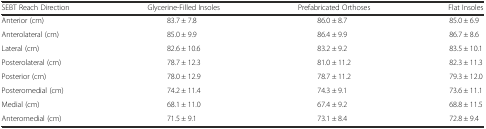
<table><thead><tr><td><b>SEBT Reach Direction</b></td><td><b>Glycerine-Filled Insoles</b></td><td><b>Prefabricated Orthoses</b></td><td><b>Flat Insoles</b></td></tr></thead><tbody><tr><td>Anterior (cm)</td><td>83.7 ± 7.8</td><td>86.0 ± 8.7</td><td>85.0 ± 6.9</td></tr><tr><td>Anterolateral (cm)</td><td>85.0 ± 9.9</td><td>86.4 ± 9.9</td><td>86.7 ± 8.6</td></tr><tr><td>Lateral (cm)</td><td>82.6 ± 10.6</td><td>83.2 ± 9.2</td><td>83.5 ± 10.1</td></tr><tr><td>Posterolateral (cm)</td><td>78.7 ± 12.3</td><td>81.0 ± 11.2</td><td>82.3 ± 11.3</td></tr><tr><td>Posterior (cm)</td><td>78.0 ± 12.9</td><td>78.7 ± 11.2</td><td>79.3 ± 12.0</td></tr><tr><td>Posteromedial (cm)</td><td>74.2 ± 11.4</td><td>74.3 ± 9.1</td><td>73.6 ± 11.1</td></tr><tr><td>Medial (cm)</td><td>68.1 ± 11.0</td><td>67.4 ± 9.2</td><td>68.8 ± 11.5</td></tr><tr><td>Anteromedial (cm)</td><td>71.5 ± 9.1</td><td>73.1 ± 8.4</td><td>72.8 ± 9.4</td></tr></tbody></table>